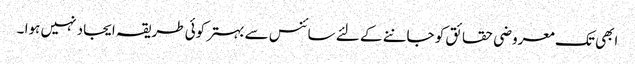
ابھی تک معروضی حقائق کو جاننے کے لئے سائنس سے بہتر کوئی طریقہ ایجاد نہیں ہوا ۔